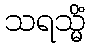
သရသ္မိံ